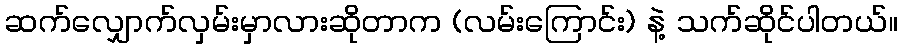
ဆက်လျှောက်လှမ်းမှာလားဆိုတာက (လမ်းကြောင်း) နဲ့ သက်ဆိုင်ပါတယ်။